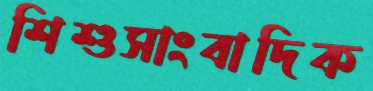
শিশুসাংবাদিক